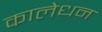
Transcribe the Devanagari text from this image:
कालेधन